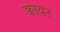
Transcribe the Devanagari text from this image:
क्वायट